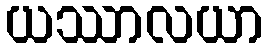
ယဿာလယာ